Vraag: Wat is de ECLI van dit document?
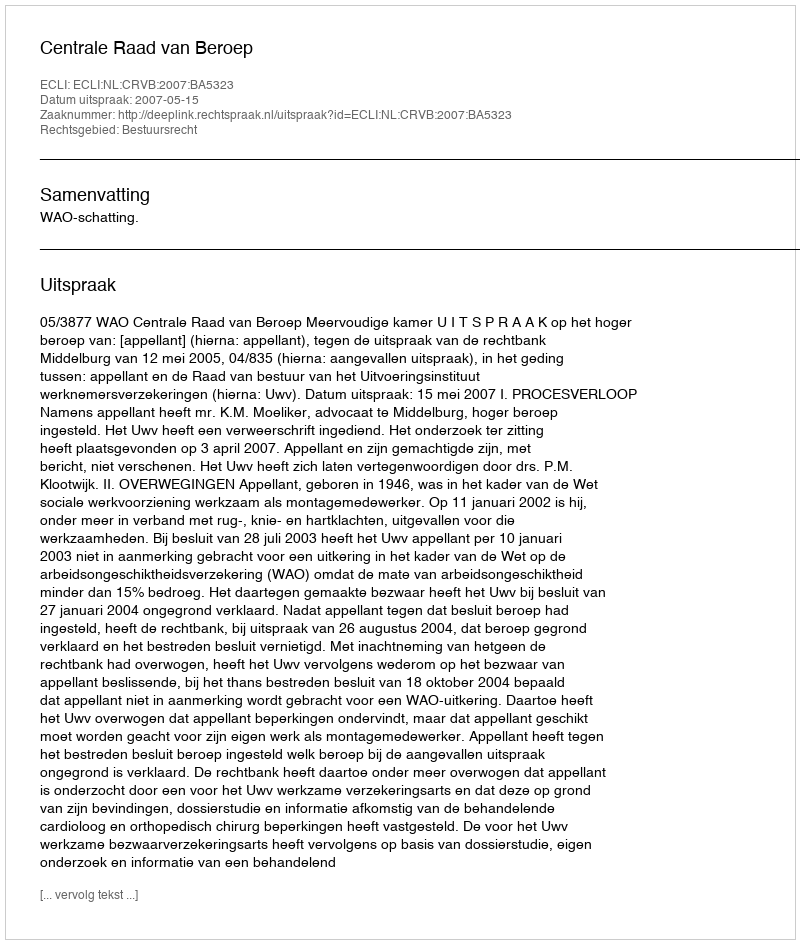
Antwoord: ECLI:NL:CRVB:2007:BA5323